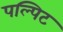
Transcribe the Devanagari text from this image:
पल्पिट